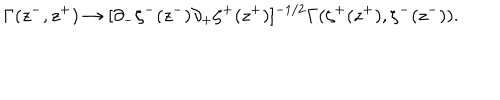
LaTeX: \Gamma ( z ^ { - } , z ^ { + } ) \to [ \partial _ { - } \zeta ^ { - } ( z ^ { - } ) \partial _ { + } \zeta ^ { + } ( z ^ { + } ) ] ^ { - 1 / 2 } \Gamma ( \zeta ^ { + } ( z ^ { + } ) , \zeta ^ { - } ( z ^ { - } ) ) .